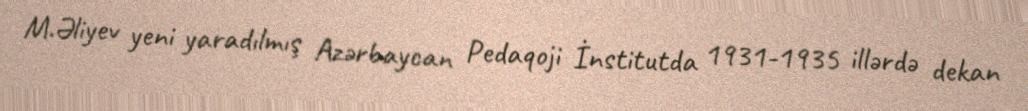
M.Əliyev yeni yaradılmış Azərbaycan Pedaqoji İnstitutda 1931-1935 illərdə dekan